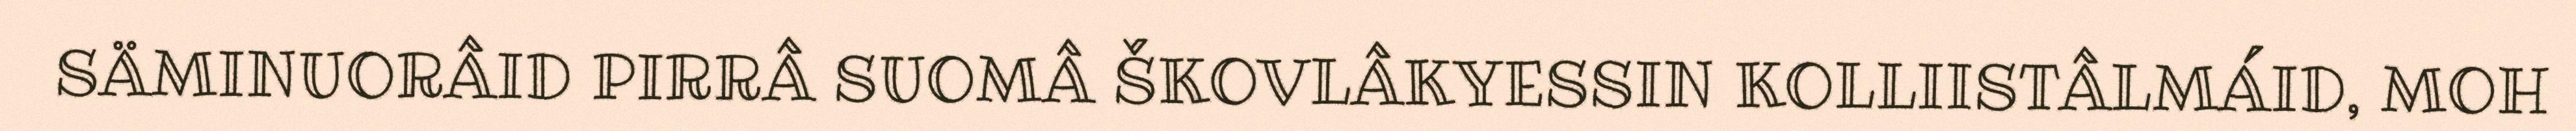
SÄMINUORÂID PIRRÂ SUOMÂ ŠKOVLÂKYESSIN KOLLIISTÂLMÁID, MOH